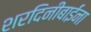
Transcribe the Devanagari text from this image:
शरदिनीबाईंना